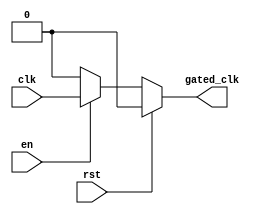
module clock_gating_buffer (
    input wire clk,      // Primary clock signal
    input wire en,       // Enable signal
    input wire rst,      // Asynchronous reset signal
    output wire gated_clk // Gated clock output
);

    // Internal signal to hold the gated clock state
    reg gated_clk_reg;

    // Asynchronous reset and gating logic
    always @(*) begin
        if (rst) begin
            gated_clk_reg = 1'b0; // Reset gated clock to low
        end else if (en) begin
            gated_clk_reg = clk; // Pass through the clock when enabled
        end else begin
            gated_clk_reg = 1'b0; // Hold clock low when disabled
        end
    end

    // Assign the gated clock output
    assign gated_clk = gated_clk_reg;

endmodule